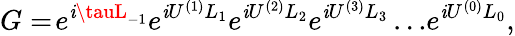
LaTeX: G=\! e^{\mathit{i}\tauL_{-1}}e^{\mathit{i}U^{(1)}L_{1}}e^{\mathit{i}U^{(2)}L_{2}}e^{\mathit{i}U^{(3)}L_{3}}\ldots\! e^{\mathit{i}{U^{(0)}}L_{0}},